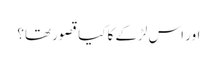
اور اس لڑکے کا کیا قصور تھا؟